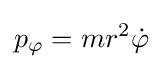
p_{\mathrm {\varphi } }=mr^{2}{\dot {\varphi }}